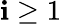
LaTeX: \mathbf{i}\ge1